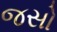
જસો